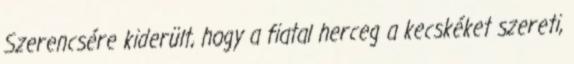
Szerencsére kiderült, hogy a fiatal herceg a kecskéket szereti,